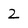
Character: 2